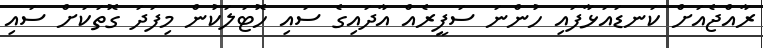
ރާއްޖެއަށް ކަނޑައަޅާފައި ހުންނަ ސަފީރެއް އާދައިގެ ސައި ހޮޓަލަކުން މިފަދަ ގޮތަކަށް ސައި